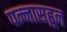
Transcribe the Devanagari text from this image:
पन्‍नासहून